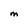
Character: M